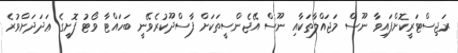
ރަޖިސްޓަރީކޮށްފައިވާ ނޫސް މަޖައްލާތަކާއި ނޫސް އޭޖެންސީތަކަށް ފާސްދޫކުރެވޭނީ ބަހައްޓާ ވޯޓު ފޮށީގެ ޢަދަދަށްވުރެ